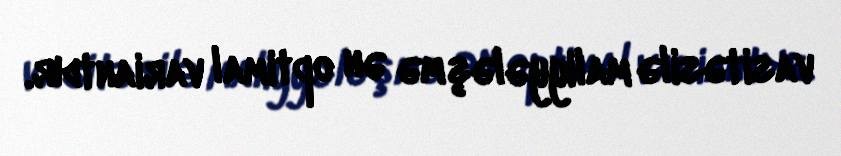
vasitəsilə maliyyələşmə ən optimal variantdır.